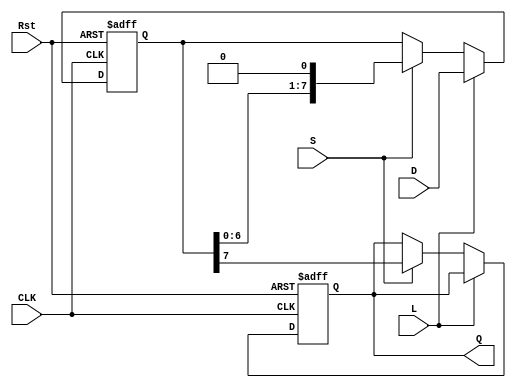
module PISO_Register #(
    parameter WIDTH = 8  // Define the width of the register
)(
    input wire [WIDTH-1:0] D,    // Parallel data inputs
    input wire L,                 // Load control signal
    input wire S,                 // Shift control signal
    input wire CLK,               // Clock signal
    input wire Rst,               // Asynchronous reset signal
    output reg Q                 // Serial output
);

    reg [WIDTH-1:0] R;            // Shift register

    // Asynchronous reset and loading/shifting logic
    always @(posedge CLK or posedge Rst) begin
        if (Rst) begin
            R <= {WIDTH{1'b0}};    // Clear the register to zero
            Q <= 1'b0;             // Clear the serial output
        end else begin
            if (L) begin
                R <= D;            // Load parallel data into the shift register
            end else if (S) begin
                Q <= R[WIDTH-1];   // Output the MSB to Q
                R <= {R[WIDTH-2:0], 1'b0}; // Shift right, LSB becomes 0
            end
            // If neither L nor S is asserted, retain current state
        end
    end

endmodule